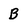
Character: B